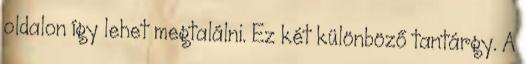
oldalon így lehet megtalálni. Ez két különböző tantárgy. A